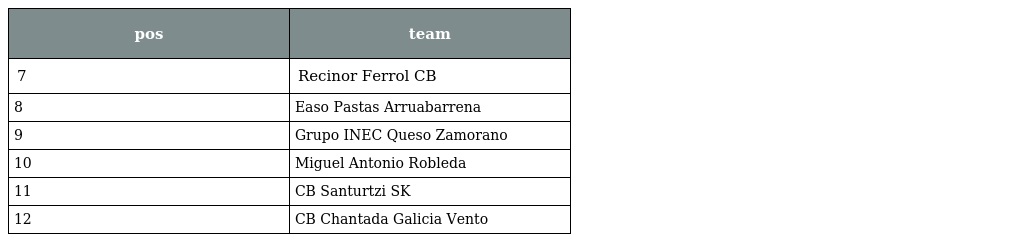
| pos | team |
 | --- | --- |
 | 7 | Recinor Ferrol CB |
 | 8 | Easo Pastas Arruabarrena |
 | 9 | Grupo INEC Queso Zamorano |
 | 10 | Miguel Antonio Robleda |
 | 11 | CB Santurtzi SK |
 | 12 | CB Chantada Galicia Vento |